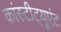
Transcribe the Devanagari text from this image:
कांस्टीट्यूएंट